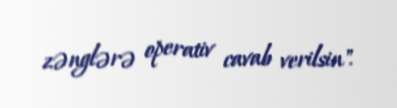
zənglərə operativ cavab verilsin".